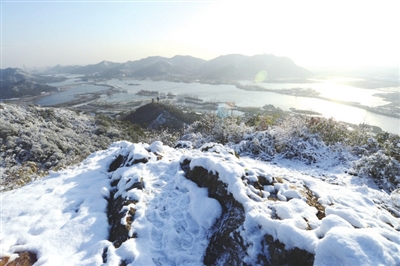
晨起开门雪满山，雪晴云淡日光寒。